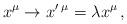
LaTeX: \begin{align*}x^{\mu}\rightarrow x'\,^{\mu}=\lambda x^{\mu} \,,\end{align*}